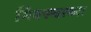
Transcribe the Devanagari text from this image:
मिक्स्चरच्या